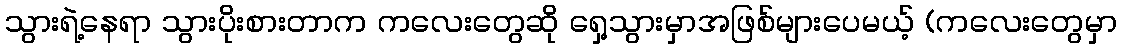
သွားရဲ့နေရာ သွားပိုးစားတာက ကလေးတွေဆို ရှေ့သွားမှာအဖြစ်များပေမယ့် (ကလေးတွေမှာ